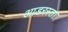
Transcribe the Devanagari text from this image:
आडरस्ता